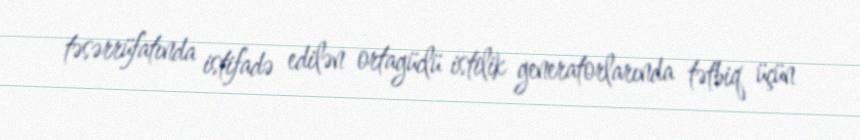
təsərrüfatında istifadə edilən ortagüclü istilik generatorlarında tətbiq üçün